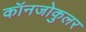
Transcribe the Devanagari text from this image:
कॉनजोकुलर